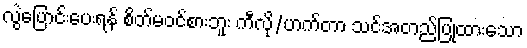
လွဲပြောင်းပေးရန် စိတ်မဝင်စားဘူး ကီလို/ဟက်တာ သင်အတည်ပြုထားသော